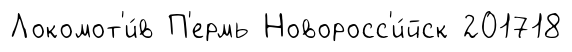
Локомот'и́в П'ермь Новоросс'и́йск 201718